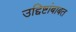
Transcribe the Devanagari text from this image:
उद्दिष्टांबाबत